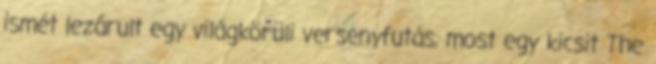
ismét lezárult egy világkörüli versenyfutás, most egy kicsit The